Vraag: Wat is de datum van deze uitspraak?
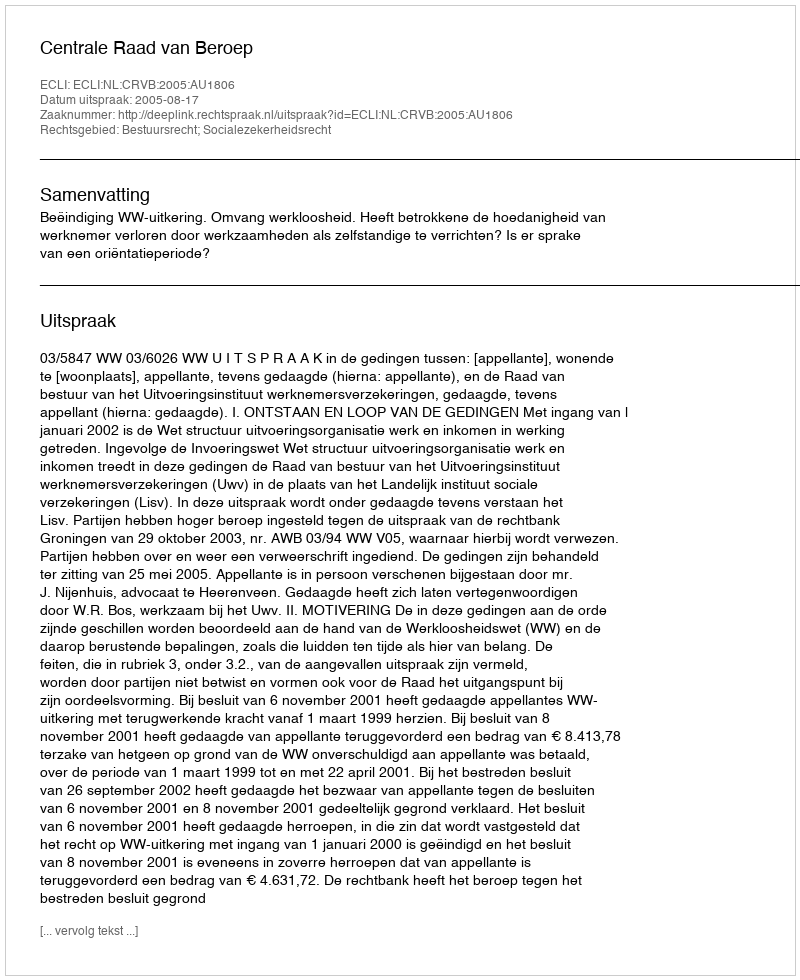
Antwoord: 2005-08-17